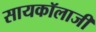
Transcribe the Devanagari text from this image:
सायकॉलाजी